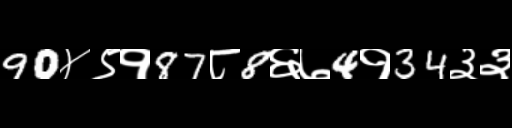
Text: 90४९१87८8६७4१34३३